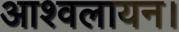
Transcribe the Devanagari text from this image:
आश्वलायन।